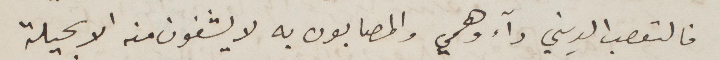
فالتعصب الديني داء وهمي والمصابون به لا يشفون منه الا بحيلة